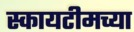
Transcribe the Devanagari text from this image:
स्कायटीमच्या